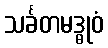
သင်္ခတမဒ္ဓုဝံ